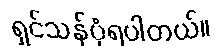
ရှင်သန်ပုံရပါတယ်။